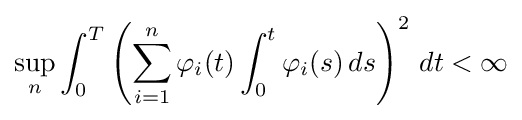
\sup _{n}\int _{0}^{T}\left(\sum _{i=1}^{n}\varphi _{i}(t)\int _{0}^{t}\varphi _{i}(s)\,ds\right)^{2}\,dt<\infty